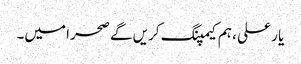
یا ر علی ، ہم کیمپنگ کریں گے صحرا میں۔